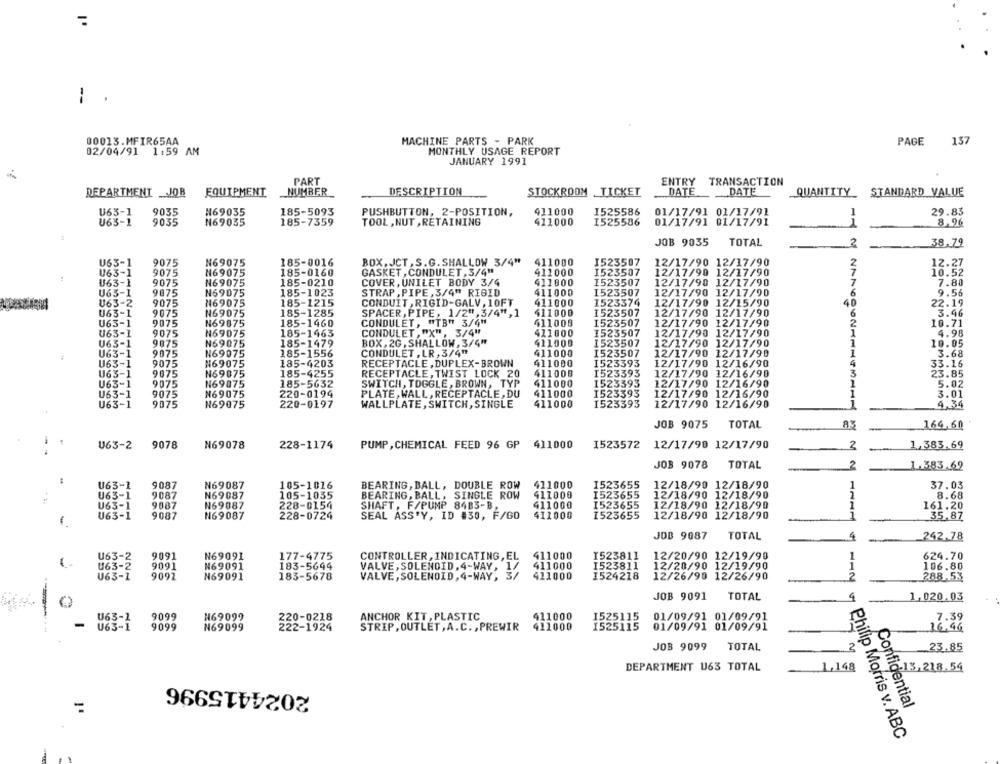
1 .
00013.MFIR65AA
MACHINE PARTS - PARK
PAGE
157
02/04/91 1:59 AM
MONTHLY USAGE REPORT
JANUARY 1991
PART
ENTRY TRANSACTION
DEPARTMENT _JOB
EQUIPMENT
NUMBER
DESCRIPTION
STOCKROOM TICKET
DATE
DATE
QUANTITY_ STANDARD VALUE
U63-1
9035
N69035
185-5093
PUSHBUTTON, 2-POSITION,
411000
1525586
01/17/91 01/17/91
1
29.83
U63-1
N69035
185-7359
TOOL , NUT , RETAINING
411000
I525586
01/17/91 01/17/91
8.96
9035
JOB 9035
TOTAL
2
38.79
411000
2
U63-1
9075
N69075
185-0016
BOX. JCT, S. G. SHALLOW 3/4"
1523507
12/17/90 12/17/90
12.27
U63-1
9075
N69075
185-0160
GASKET , CONDULET , 3/4"
411000
1523507
12/17/90 12/17/90
U63-1
9075
N69075
185-0210
COVER, UNILET BODY 3/4
411000
1523507
12/17/90 12/17/90
7
7.80
1523507
U65-1
9075
N69075
185-1023
STRAP , PIPE, 3/4" RIGID
411000
12/17/90 12/17/90
6
9.56
U63-2
9075
N169075
185-1215
CONDUIT , RIGID-GALV, 10FT
411000
1523374
12/17/90 12/15/90
40
22.19
U63-1
9075
N69075
185-1285
SPACER, PIPE, 1/2", 3/4", 1
411000
1523507
12/17/90 12/17/90
6
3.46
U63-1
9075
N69075
CONDULET, "TB" 3/4"
411006
1523507
12/17/90 12/17/90
2
10.71
inin in wh in inin
185-1460
U63-1
9075
N69075
185-1463
CONDULET, "X", 3/4"
411000
1523507
12/17/90 12/17/90
4.98
U63-1
9075
N69075
185-1479
BOX, 2G , SHALLOW, 3/4"
411000
1523507
12/17/90 12/17/90
10.05
185-1556
CONDULET , LR, 3/4"
411000
1523507
12/17/90 12/17/90
U63-1
9075
N69075
1
3.68
U63-1
9075
N69075
185-4203
RECEPTACLE , DUPLEX-BROWN
411000
1523393
12/17/90 12/16/90
33.16
U63-1
9075
N69075
185-4255
RECEPTACLE, TWIST LOCK 20
411008
1523393
12/17/90 12/16/90
3
23.85
U63-1
9075
185-5632
SWITCH, TOGGLE, BROWN, TYP
411000
1523393
12/17/90 12/16/90
5.02
N69075
1
U63-1
9075
N69075
220-0194
PLATE, WALL, RECEPTACLE, DU
411000
1523393
12/17/90 12/16/90
1
3.01
U63-1
9075
N69075
220-0197
WALLPLATE, SWITCH, SINGLE
411000
I523393
12/17/90 12/16/90
4,34
JOB 9075
TOTAL
83
169,60
I523572 12/17/90 12/17/90
U63-2
9078
N69078
228-1174
PUMP , CHEMICAL FEED 96 GP
411000
3
1.383.69
JOB 9078
TOTAL
2
1.383.62
U63-1
9087
N69087
105-1016
BEARING, BALL, DOUBLE ROW
411000
1523655
12/18/90 12/18/90
1
37.03
U63-1
9087
N69087
105-1055
BEARING, BALL, SINGLE ROW
411000
1523655
12/18/90 12/18/90
2
8.68
U63-1
9087
N69087
228-0154
SHAFT , F/PUMP 84B3-B,
411000
1523655
12/18/90 12/18/90
161.20
U63-1
9087
N69087
228-0724
SEAL ASS'Y, ID #30, F/GO
411000
I523655
12/18/90 12/18/90
1
-
35.87
JDB 9087
TOTAL
242.78
4
U63-2
9091
N69091
177-4775
CONTROLLER, INDICATING, EL 411000
1523811
12/20/90 12/19/90
1
624.70
U63-2
9091
N69091
183-5644
VALVE, SOLENOID, 4-WAY, 1/ 411000
1523811
12/20/90 12/19/90
1
106.80
U63-1
9092
N69091
183-5678
VALVE, SOLENOID, 4-WAY, 3/ 411000
I524218
12/26/90 12/26/90
2
288,53
JOB 9091
TOTAL
1,020.03
U63-1
9099
H69099
ANCHOR KIT, PLASTIC
411000
01/09/91 01/09/91
7.39
-
9099
N69099
STRIP, OUTLET, A. C. , PREWIR
411000
1525115
01/09/91 01/09/91
222-1924
16,46
JOB 9099
TOTAL
2
23.85
1,148
DEPARTMENT U63 TOTAL
-13,218.54
2024415996
=
Confidential
Philip Morris v. ABC